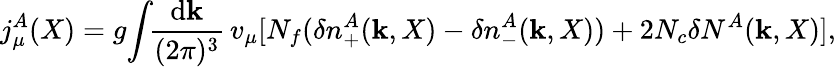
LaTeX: j_{\mu}^{A}(X)=g\! \int\! \! \frac{\mathrm{d}{\mathbf k}}{(2\pi)^{3}}\, v_{\mu}[N_{f}(\delta n_{+}^{A}({\mathbf k},X)-\delta n_{-}^{A}({\mathbf k},X))+2N_{c}\delta N^{A}({\mathbf k},X)],